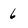
Character: 6